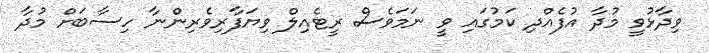
ވިދާޅުވީ މުދާ އުފެއްދި ކަމުގައި ވީ ނަމަވެސް ރީޓެއިލް ވިޔަފާރިވެރިންނާ ހިސާބަށް މުދާ